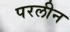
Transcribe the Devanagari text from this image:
परलीन